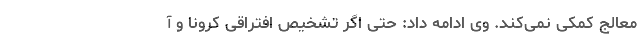
معالج کمکی نمی‌کند. وی ادامه داد: حتی اگر تشخیص افتراقی کرونا و آ